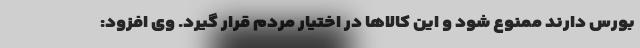
بورس دارند ممنوع شود و این کالاها در اختیار مردم قرار گیرد. وی افزود: